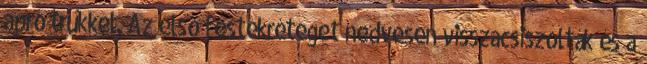
apró trükkel. Az első festékréteget nedvesen visszacsiszolták és a